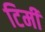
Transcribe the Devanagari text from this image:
टिमी